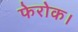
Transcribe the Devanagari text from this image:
फेरोक।